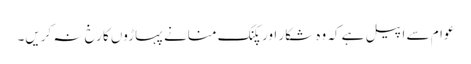
عوام سے اپیل ہے کہ وہ شکار اور پکنک منانے پہاڑوں کا رخ نہ کریں۔